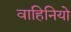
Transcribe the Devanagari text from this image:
वाहिनियो